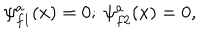
\psi _ { f 1 } ^ { a } ( x ) = 0 ; \ \psi _ { f 2 } ^ { a } ( x ) = 0 ,